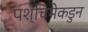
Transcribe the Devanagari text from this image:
पश्चिमेकडुन